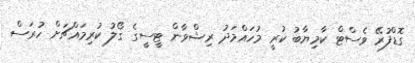
ގޮޑްފުރޭ ވެސްޓް ކާމިޔާބު ކުރީ މުހައްމަދު ރިޝްވާން ޓީސީގެ ގޯލު ކުރިމައްޗަށް ހުރަސް